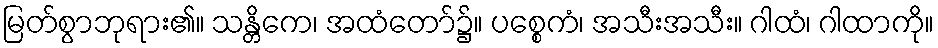
မြတ်စွာဘုရား၏။ သန္တိကေ၊ အထံတော်၌။ ပစ္စေကံ၊ အသီးအသီး။ ဂါထံ၊ ဂါထာကို။